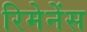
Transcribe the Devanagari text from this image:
रिमेनेंस